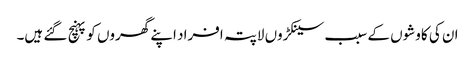
ان کی کاوشوں کے سبب سینکڑوں لاپتہ افراد اپنے گھروں کو پہنچ گئے ہیں۔